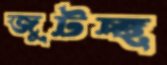
জুটচ্ছ